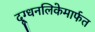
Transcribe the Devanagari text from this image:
दूग्धनलिकेमार्फत